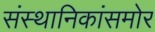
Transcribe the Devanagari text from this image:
संस्थानिकांसमोर